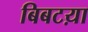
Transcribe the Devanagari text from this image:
बिबटय़ा